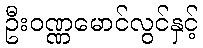
ဦးဝဏ္ဏမောင်လွင်နှင့်